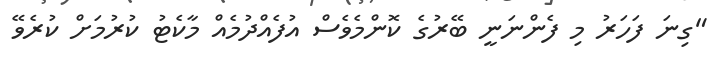
"ގިނަ ފަހަރު މި ފެންނަނީ ބޭރުގެ ކޮންމެވެސް އުފެއްދުމެއް މާކެޓު ކުރުމަށް ކުރެވޭ